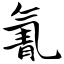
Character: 氰